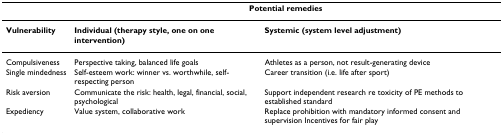
|  | <COLSPAN=2> Potential remedies |
 | --- | --- | --- |
 | Vulnerability | Individual (therapy style, one on one intervention) | Systemic (system level adjustment) |
 | Compulsiveness | Perspective taking, balanced life goals | Athletes as a person, not result-generating device |
 | Single mindedness | Self-esteem work: winner vs. worthwhile, self-respecting person | Career transition (i.e. life after sport) |
 | Risk aversion | Communicate the risk: health, legal, financial, social, psychological | Support independent research re toxicity of PE methods to established standard |
 | Expediency | Value system, collaborative work | Replace prohibition with mandatory informed consent and supervision Incentives for fair play |